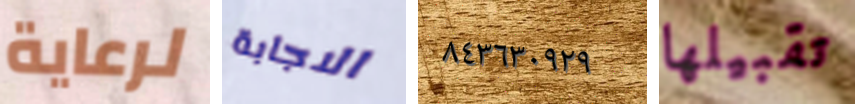
لرعاية الاجابة ٨٤٣٦٣٠٩٢٩ تقبيلها